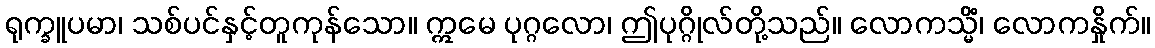
ရုက္ခူပမာ၊ သစ်ပင်နှင့်တူကုန်သော။ ဣမေ ပုဂ္ဂလော၊ ဤပုဂ္ဂိုလ်တို့သည်။ လောကသ္မိံ၊ လောကနှိုက်။